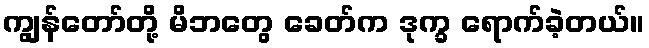
ကျွန်တော်တို့ မိဘတွေ ခေတ်က ဒုက္ခ ရောက်ခဲ့တယ်။